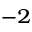
^ { - 2 }